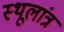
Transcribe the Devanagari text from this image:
स्‍थूलांत्र